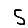
Digit: 5